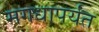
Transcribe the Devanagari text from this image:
मगधापर्यंत